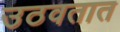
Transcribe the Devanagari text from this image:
उठवतात